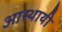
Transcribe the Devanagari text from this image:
आस्थायी